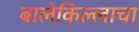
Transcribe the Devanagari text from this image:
बालेकिल्लाचा